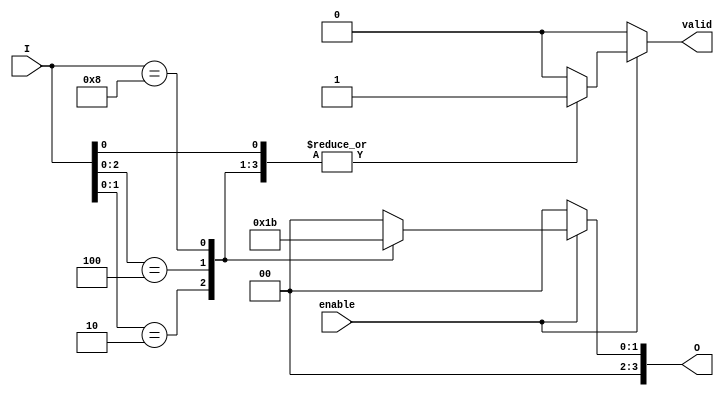
module binary_encoder #(
    parameter N = 4 // Number of input lines (2^N)
)(
    input wire [N-1:0] I, // Input lines
    input wire enable,     // Enable signal
    output reg [N-1:0] O, // Output lines
    output reg valid       // Valid output signal
);

    always @(*) begin
        if (!enable) begin
            O = {N{1'b0}}; // Set outputs to 0 when not enabled
            valid = 1'b0;  // Invalid state
        end else begin
            casez (I) // Use casez to handle don't care conditions
                4'b????_1: begin O = 3'b000; valid = 1'b1; end // I0
                4'b???_10: begin O = 3'b001; valid = 1'b1; end // I1
                4'b??_100: begin O = 3'b010; valid = 1'b1; end // I2
                4'b?_1000: begin O = 3'b011; valid = 1'b1; end // I3
                default: begin O = {N{1'b0}}; valid = 1'b0; end // Invalid state
            endcase
        end
    end

endmodule